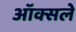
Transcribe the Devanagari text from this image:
ऑक्सले